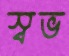
স্বভ